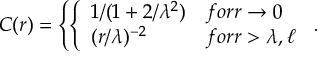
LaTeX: { \cal C } ( r ) = \left\{ \left\{ \begin{array} { l l } { { 1 / ( 1 + 2 / \lambda ^ { 2 } ) } } & { { f o r r \rightarrow 0 } } \\ { { ( r / \lambda ) ^ { - 2 } } } & { { f o r r > \lambda , \ell } } \end{array} \right. \right. .